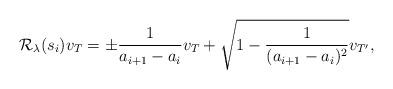
LaTeX: \begin{align*}\mathcal{R}_\lambda(s_i)v_T=\pm\frac{1}{a_{i+1}-a_{i}}v_{T}+\sqrt{1-\frac{1}{(a_{i+1}-a_{i})^2}}v_{T'},\end{align*}